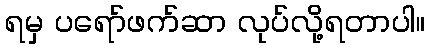
ရမှ ပရော်ဖက်ဆာ လုပ်လို့ရတာပါ။